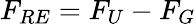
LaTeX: F_{RE}=F_{U}-F_{G}